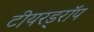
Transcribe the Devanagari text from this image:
टीयरड्रॉप